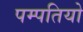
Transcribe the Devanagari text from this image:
पम्‍पतियो